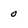
Character: 0